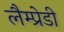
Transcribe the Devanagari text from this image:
लैम्प्रेडी